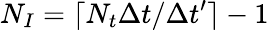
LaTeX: N_{I}=\lceil N_{t}\Delta t/\Delta t^{\prime}\rceil-1